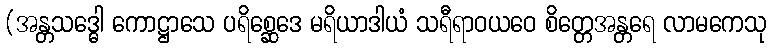
(အန္တသဒ္ဓေါ ကောဋ္ဌာသေ ပရိစ္ဆေဒေ မရိယာဒါယံ သရီရာဝယဝေ စိတ္တေအန္တရေ လာမကေသု